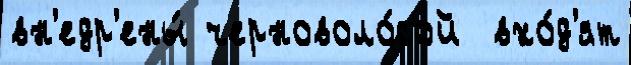
вн'едр'ены́ черноволо́сой  вхо́д'ят